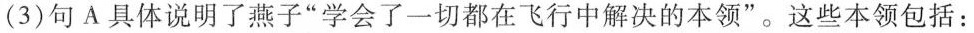
(3)句A具体说明了燕子”学会了一切都在飞行中解决的本领”。这些本领包括：